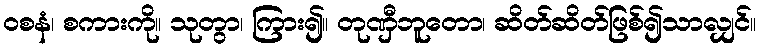
ဝစနံ၊ စကားကို။ သုတွာ၊ ကြား၍။ တုဏှီဘူတော၊ ဆိတ်ဆိတ်ဖြစ်၍သာလျှင်။